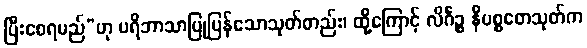
ပြီးစေရမည်”ဟု ပရိဘာသာပြုပြန်သောသုတ်တည်း၊ ထို့ကြောင့် လိင်္ဂဉ္စ နိပစ္စတေသုတ်က